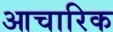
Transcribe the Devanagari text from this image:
आचारिक